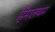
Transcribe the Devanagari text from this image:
हिमालयम